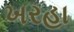
ખરહા